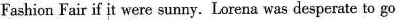
Fashion Fairif it were sunny. Lorena was desperate to go